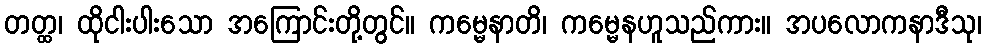
တတ္ထ၊ ထိုငါးပါးသော အကြောင်းတို့တွင်။ ကမ္မေနာတိ၊ ကမ္မေနဟူသည်ကား။ အပလောကနာဒီသု၊